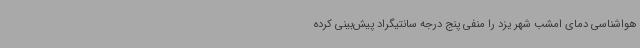
هواشناسی دمای امشب شهر یزد را منفی پنج درجه سانتیگراد پیش‌بینی کرده